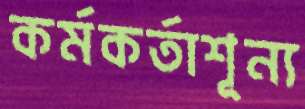
কর্মকর্তাশূন্য